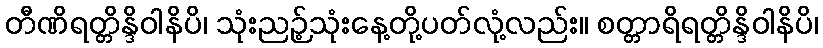
တီဏိရတ္တိန္ဒိဝါနိပိ၊ သုံးညဉ့်သုံးနေ့တို့ပတ်လုံ့လည်း။ စတ္တာရိရတ္တိန္ဒိဝါနိပိ၊